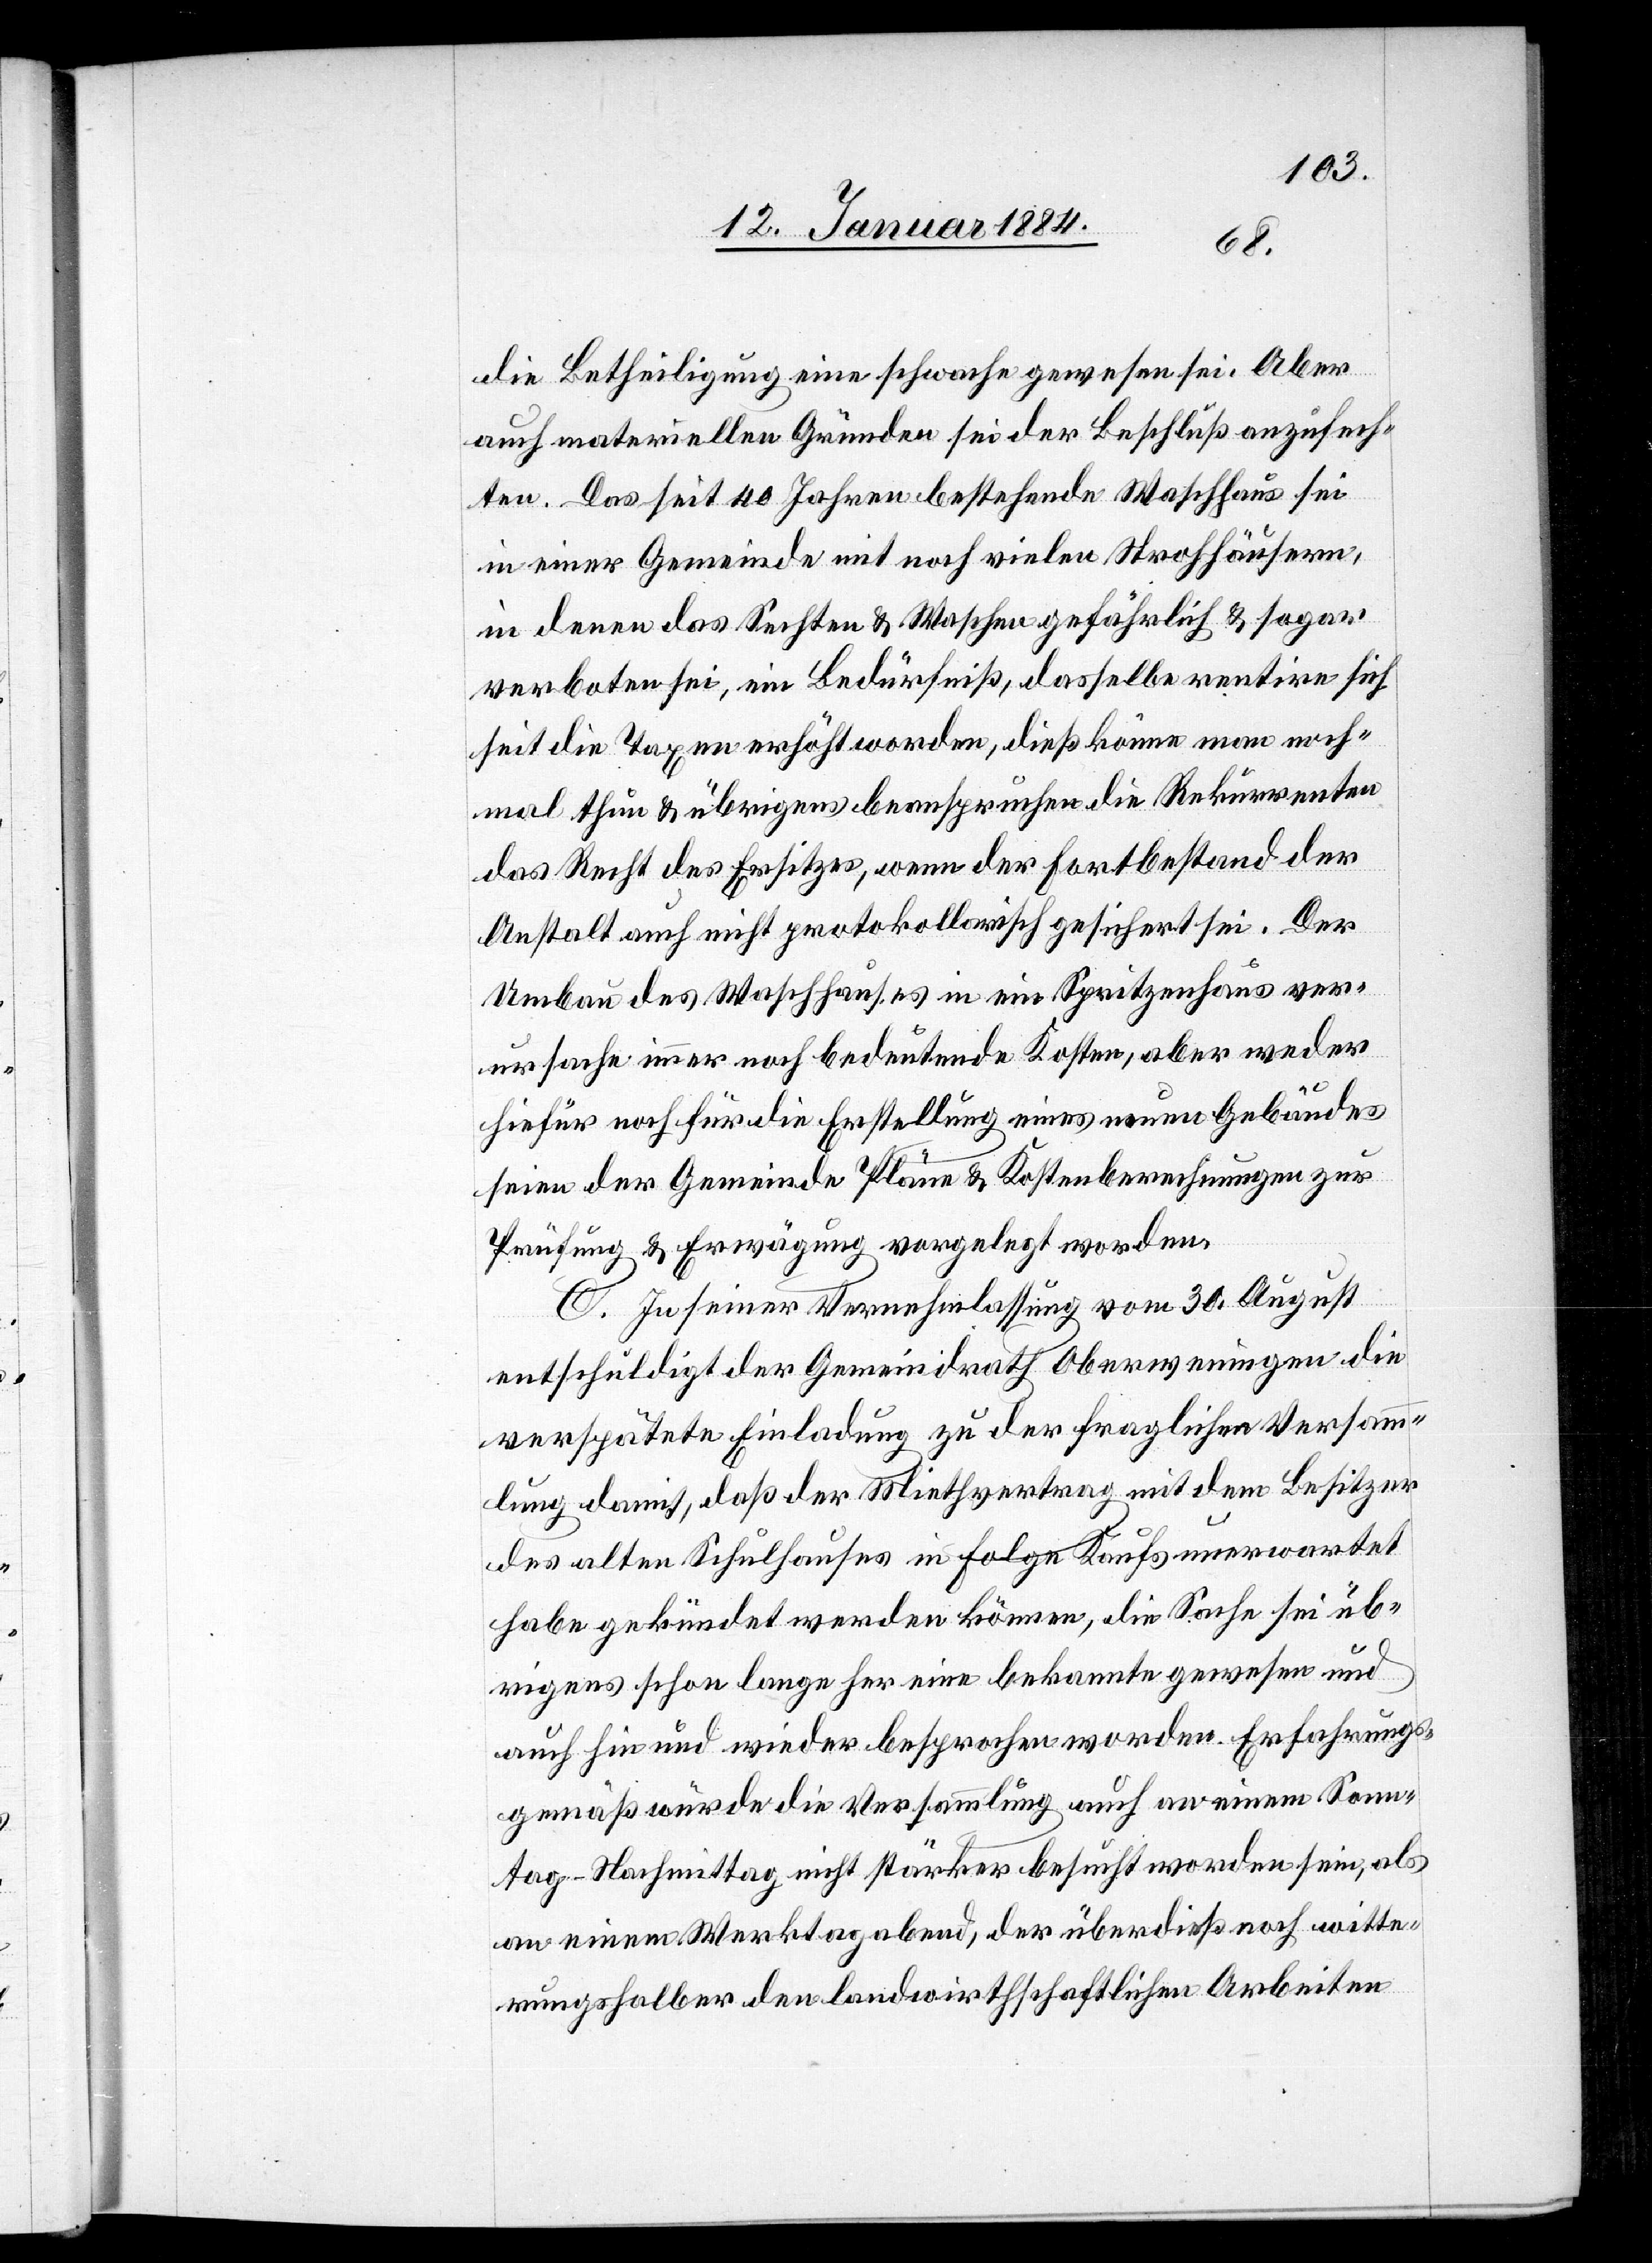
die Betheiligung eine schwache gewesen sei. Aber
[aus] materiellen Gründen sei der Beschluß anzufech¬
ten. Das seit 40 Jahren bestehende Waschhaus sei
in einer Gemeinde mit noch vielen Strohhäusern,
in denen das Sechten und Waschen gefährlich & sogar
verboten sei, ein Bedürfniß, dasselbe rentire sich
seit die Taxen erhöht worden, dieß könne man noch¬
mals thun & übrigens beanspruchen die Rekurrenten
das Recht des Ersitzes [sic!], wenn der Fortbestand der
Anstalt auch nicht protokollarisch gesichert sei. Der
Umbau des Waschhauses in ein Spritzenhaus ver¬
ursache immer noch bedeutende Kosten, aber weder
hiefür noch für die Erstellung eines neuen Gebäudes
seien der Gemeinde Pläne & Kostenberechnungen zur
Prüfung & Erwägung vorgelegt worden.
C. In seiner Vernehmlassung vom 30. August
entschuldigt der Gemeindrath Oberweningen die
verspätete Einladung zu der fraglichen Versamm¬
lung damit, daß der Miethvertrag mit dem Besitzer
des alten Schulhauses in Folge Kaufs unerwartet
habe gekündet werden können, die Sache sei üb¬
rigens schon lange her eine bekannte gewesen und
auch hin und wieder besprochen worden. Erfahrungs¬
gemäß würde die Versammlung auch an einem Sams¬
tag-Nachmittag nicht stärker besucht worden sein, als
an einem Werktagabend, der überdieß noch witte¬
rungshalber den landwirthschaftlichen Arbeiten